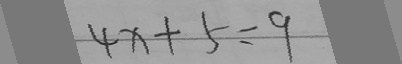
4 x + 5 = 9